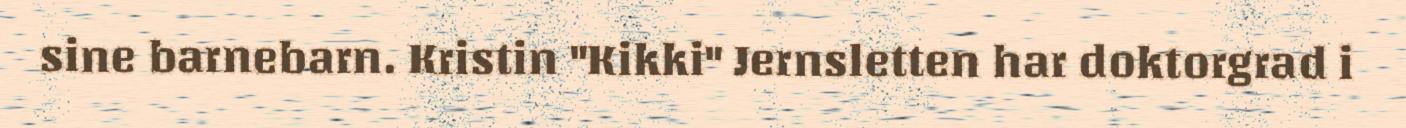
sine barnebarn. Kristin "Kikki" Jernsletten har doktorgrad i